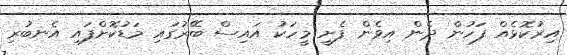
އިރުކޮޅެއް ފަހުން ދެން އިވެން ފެށީ މީހަކު އައިސް ބޭރުގައި މަޑުކޮށްފައި އެނބުރި